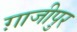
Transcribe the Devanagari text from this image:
ग़ाजीपुर